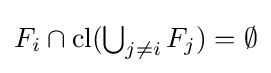
{\textstyle F_{i}\cap \operatorname {cl} (\bigcup _{j\neq i}F_{j})=\emptyset }